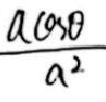
\frac{a\cos\theta}{a^{2}}